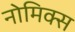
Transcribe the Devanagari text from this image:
नोमिक्स